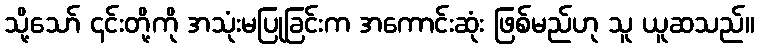
သို့သော် ၎င်းတို့ကို အသုံးမပြုခြင်းက အကောင်းဆုံး ဖြစ်မည်ဟု သူ ယူဆသည်။